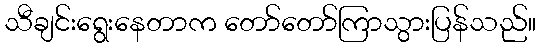
သီချင်းရွေးနေတာက တော်တော်ကြာသွားပြန်သည်။